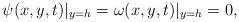
LaTeX: \begin{align*} {\psi} (x,y,t)\vert_{y=h} = \omega(x, y, t)\vert_{y=h}=0,\end{align*}